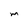
Character: M